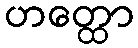
ဟတ္ထော